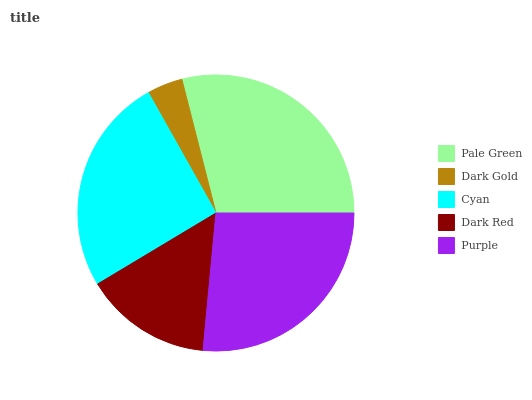
| Pale Green | Dark Gold | Cyan | Dark Red | Purple |
 | --- | --- | --- | --- | --- |
 | 29% | 4.17% | 25.5% | 14.9% | 26.4% |